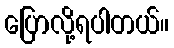
ပြောလို့ရပါတယ်။